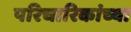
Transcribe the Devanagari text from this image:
परिचारिकांच्या